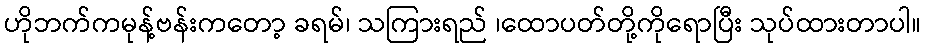
ဟိုဘက်ကမုန့်ဗန်းကတော့ ခရမ်၊ သကြားရည် ၊ထောပတ်တို့ကိုရောပြီး သုပ်ထားတာပါ။